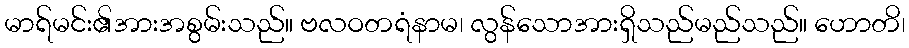
မာရ်မင်း၏အားအစွမ်းသည်။ ဗလဝတရံနာမ၊ လွန်သောအားရှိသည်မည်သည်။ ဟောတိ၊